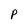
Character: P